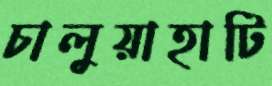
চালুয়াহাটি